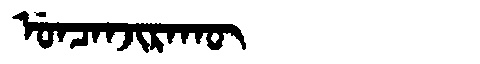
Manchu: ᡠᠨᠴᠠᠨᠵᡳᡵᠠᡴᡡ
Romanization: UNCANJIRAKŪ